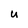
Character: u